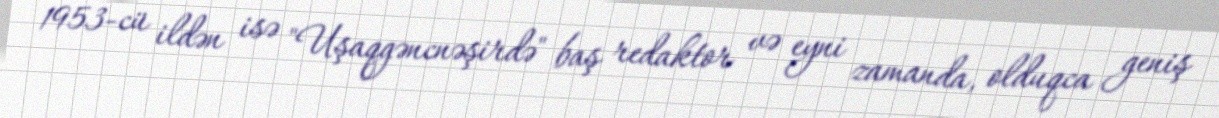
1953-cü ildən isə "Uşaqgəncnəşirdə" baş redaktor və eyni zamanda, olduqca geniş